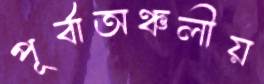
পূর্বাঅঞ্চলীয়